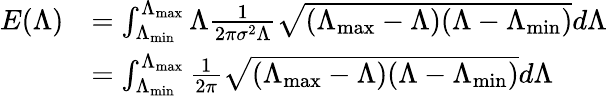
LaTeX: \begin{array}{rl}{E(\Lambda)}&{=\int_{\Lambda_{\operatorname*{min}}}^{\Lambda_{\operatorname*{max}}}\Lambda\frac{1}{2\pi\sigma^{2}\Lambda}\sqrt{(\Lambda_{\operatorname*{max}}-\Lambda)(\Lambda-\Lambda_{\operatorname*{min}})}d\Lambda}\\ &{=\int_{\Lambda_{\operatorname*{min}}}^{\Lambda_{\operatorname*{max}}}\frac{1}{2\pi}\sqrt{(\Lambda_{\operatorname*{max}}-\Lambda)(\Lambda-\Lambda_{\operatorname*{min}})}d\Lambda}\end{array}